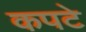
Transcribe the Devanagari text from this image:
कपटे